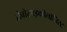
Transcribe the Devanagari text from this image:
रोबोसाइकोलॉजिस्ट